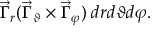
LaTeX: \vec { \Gamma } _ { r } ( \vec { \Gamma } _ { \vartheta } \times \vec { \Gamma } _ { \varphi } ) \; d r d \vartheta d \varphi .